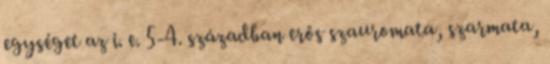
egységet az i. e. 5-4. században erős szauromata, szarmata,